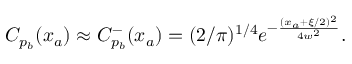
\begin{array} { r } { C _ { p _ { b } } ( x _ { a } ) \approx C _ { p _ { b } } ^ { - } ( x _ { a } ) = ( 2 / \pi ) ^ { 1 / 4 } e ^ { - \frac { ( x _ { a } + \xi / 2 ) ^ { 2 } } { 4 w ^ { 2 } } } . } \end{array}